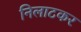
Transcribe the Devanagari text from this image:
निलाटकर